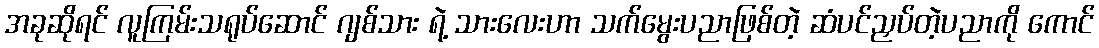
အခုဆိုရင် လူကြမ်းသရုပ်ဆောင် ဂျစ်သား ရဲ့ သားလေးဟာ သက်မွေးပညာဖြစ်တဲ့ ဆံပင်ညှပ်တဲ့ပညာကို ကောင်